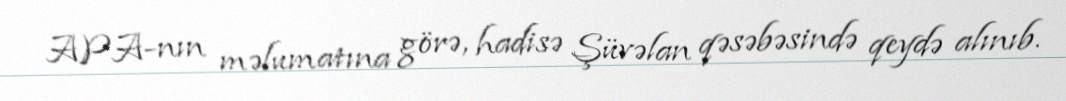
APA-nın məlumatına görə, hadisə Şüvəlan qəsəbəsində qeydə alınıb.